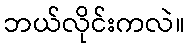
ဘယ်လိုင်းကလဲ။